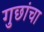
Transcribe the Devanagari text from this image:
गुछांचा